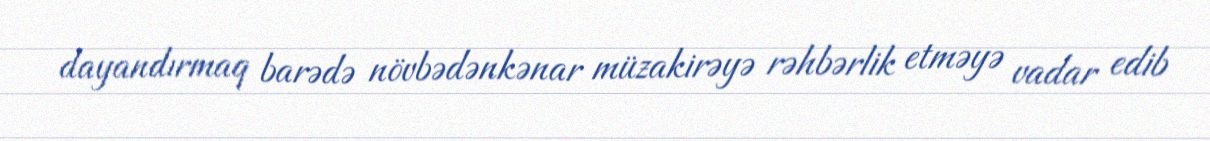
dayandırmaq barədə növbədənkənar müzakirəyə rəhbərlik etməyə vadar edib